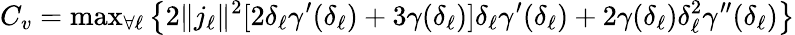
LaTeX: C_{v}={\mathrm{max}}_{\forall\ell}\left\lbrace 2\| j_{\ell}\| ^{2}[2\delta_{\ell}\gamma^{\prime}(\delta_{\ell})+3\gamma(\delta_{\ell})]\delta_{\ell}\gamma^{\prime}(\delta_{\ell})+2\gamma(\delta_{\ell})\delta_{\ell}^{2}\gamma^{\prime\prime}(\delta_{\ell})\right\rbrace